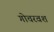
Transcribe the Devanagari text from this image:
गोचरवश